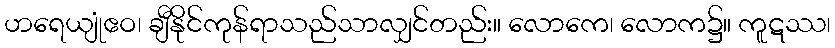
ဟရေယျုံဧဝ၊ ချီနိုင်ကုန်ရာသည်သာလျှင်တည်း။ လောကေ၊ လောက၌။ ကူဋဿ၊